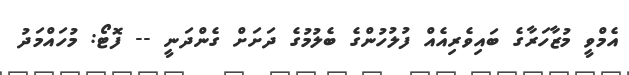
އެމްވީ މުޒާހަރާގެ ބައިވެރިއެއް ފުލުހުންގެ ބެލުމުގެ ދަށަށް ގެންދަނީ -- ފޮޓޯ: މުހައްމަދު